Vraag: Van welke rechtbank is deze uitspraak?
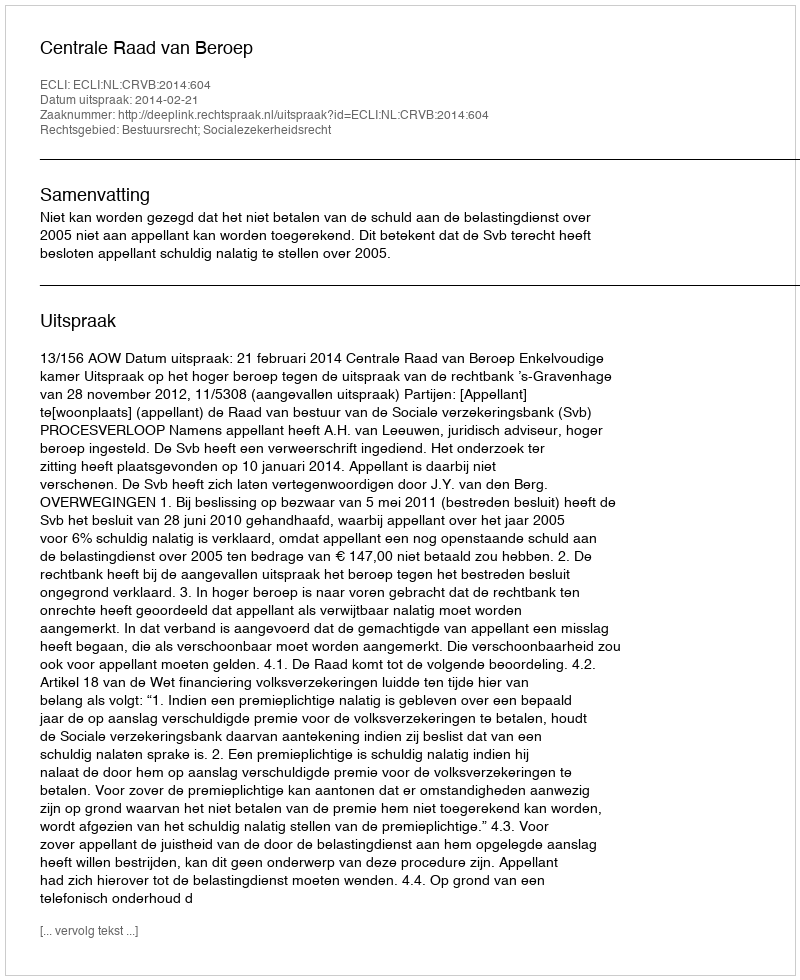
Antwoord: Centrale Raad van Beroep